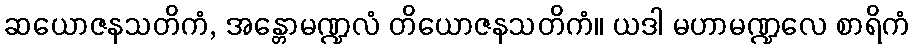
ဆယောဇနသတိကံ, အန္တောမဏ္ဍလံ တိယောဇနသတိကံ။ ယဒါ မဟာမဏ္ဍလေ စာရိကံ